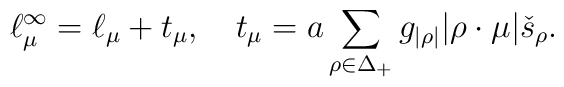
\ell^\infty_\mu=\ell_\mu +t_\mu,\quad   t_\mu=a\sum_{\rho\in\Delta_+}g_{|\rho|}|\rho\cdot\mu|   \check{s}_{\rho}.